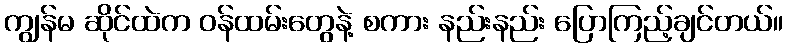
ကျွန်မ ဆိုင်ထဲက ဝန်ထမ်းတွေနဲ့ စကား နည်းနည်း ပြောကြည့်ချင်တယ်။